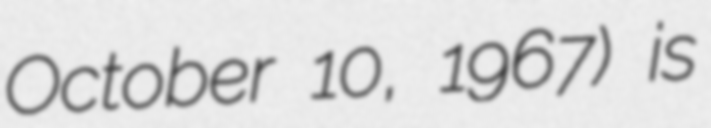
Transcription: October 10, 1967) is